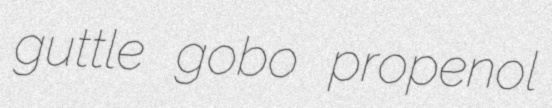
guttle gobo propenol